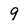
Character: 9